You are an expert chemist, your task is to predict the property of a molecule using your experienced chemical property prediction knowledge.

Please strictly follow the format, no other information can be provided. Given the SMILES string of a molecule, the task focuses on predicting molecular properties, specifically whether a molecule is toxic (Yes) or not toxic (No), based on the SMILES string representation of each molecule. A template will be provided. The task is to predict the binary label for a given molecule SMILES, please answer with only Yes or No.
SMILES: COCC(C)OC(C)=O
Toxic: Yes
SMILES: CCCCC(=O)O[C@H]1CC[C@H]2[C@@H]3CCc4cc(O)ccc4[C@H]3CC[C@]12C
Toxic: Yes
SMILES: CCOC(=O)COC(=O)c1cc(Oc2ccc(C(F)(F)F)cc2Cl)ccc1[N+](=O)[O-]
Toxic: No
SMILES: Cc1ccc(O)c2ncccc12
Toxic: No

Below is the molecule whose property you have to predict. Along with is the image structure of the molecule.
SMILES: O=C1OC(=O)c2cc(-c3ccc4c(c3)C(=O)OC4=O)ccc21
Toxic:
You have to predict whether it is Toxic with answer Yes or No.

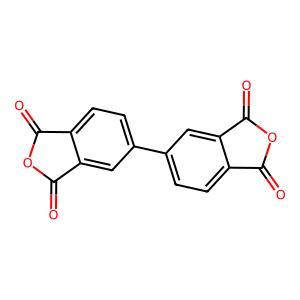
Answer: No